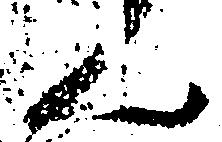
ん